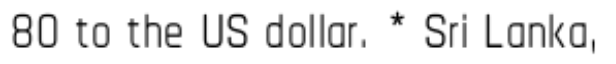
80 to the US dollar. * Sri Lanka,